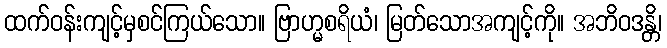
ထက်ဝန်းကျင့်မှစင်ကြယ်သော။ ဗြာဟ္မစရိယံ၊ မြတ်သောအကျင့်ကို။ အဘိဝဒန္တိ၊